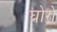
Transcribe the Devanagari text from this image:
घोरो